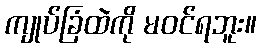
ကျုပ်ခြံထဲကို မဝင်ရဘူး။